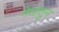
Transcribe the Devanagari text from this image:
मेघातुन